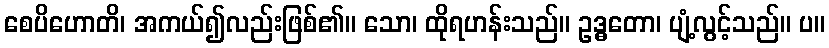
စေပိဟောတိ၊ အကယ်၍လည်းဖြစ်၏။ သော၊ ထိုရဟန်းသည်။ ဥဒ္ဓတော၊ ပျံ့လွင့်သည်။ ပ။